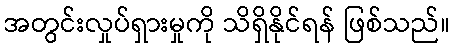
အတွင်းလှုပ်ရှားမှုကို သိရှိနိုင်ရန် ဖြစ်သည်။